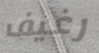
رغيف